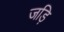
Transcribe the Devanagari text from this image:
जड़ि